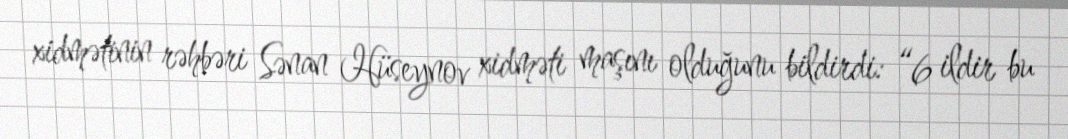
xidmətinin rəhbəri Sənan Hüseynov xidməti maşını olduğunu bildirdi: “6 ildir bu